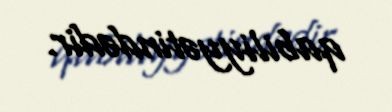
qabiliyyətindədir.